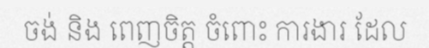
ចង់ និង ពេញចិត្ត ចំពោះ ការងារ ដែល